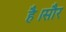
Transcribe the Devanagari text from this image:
है।सौर